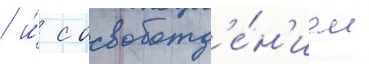
/ и́ с освобожд'е́н'ием